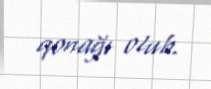
qonağı olub.